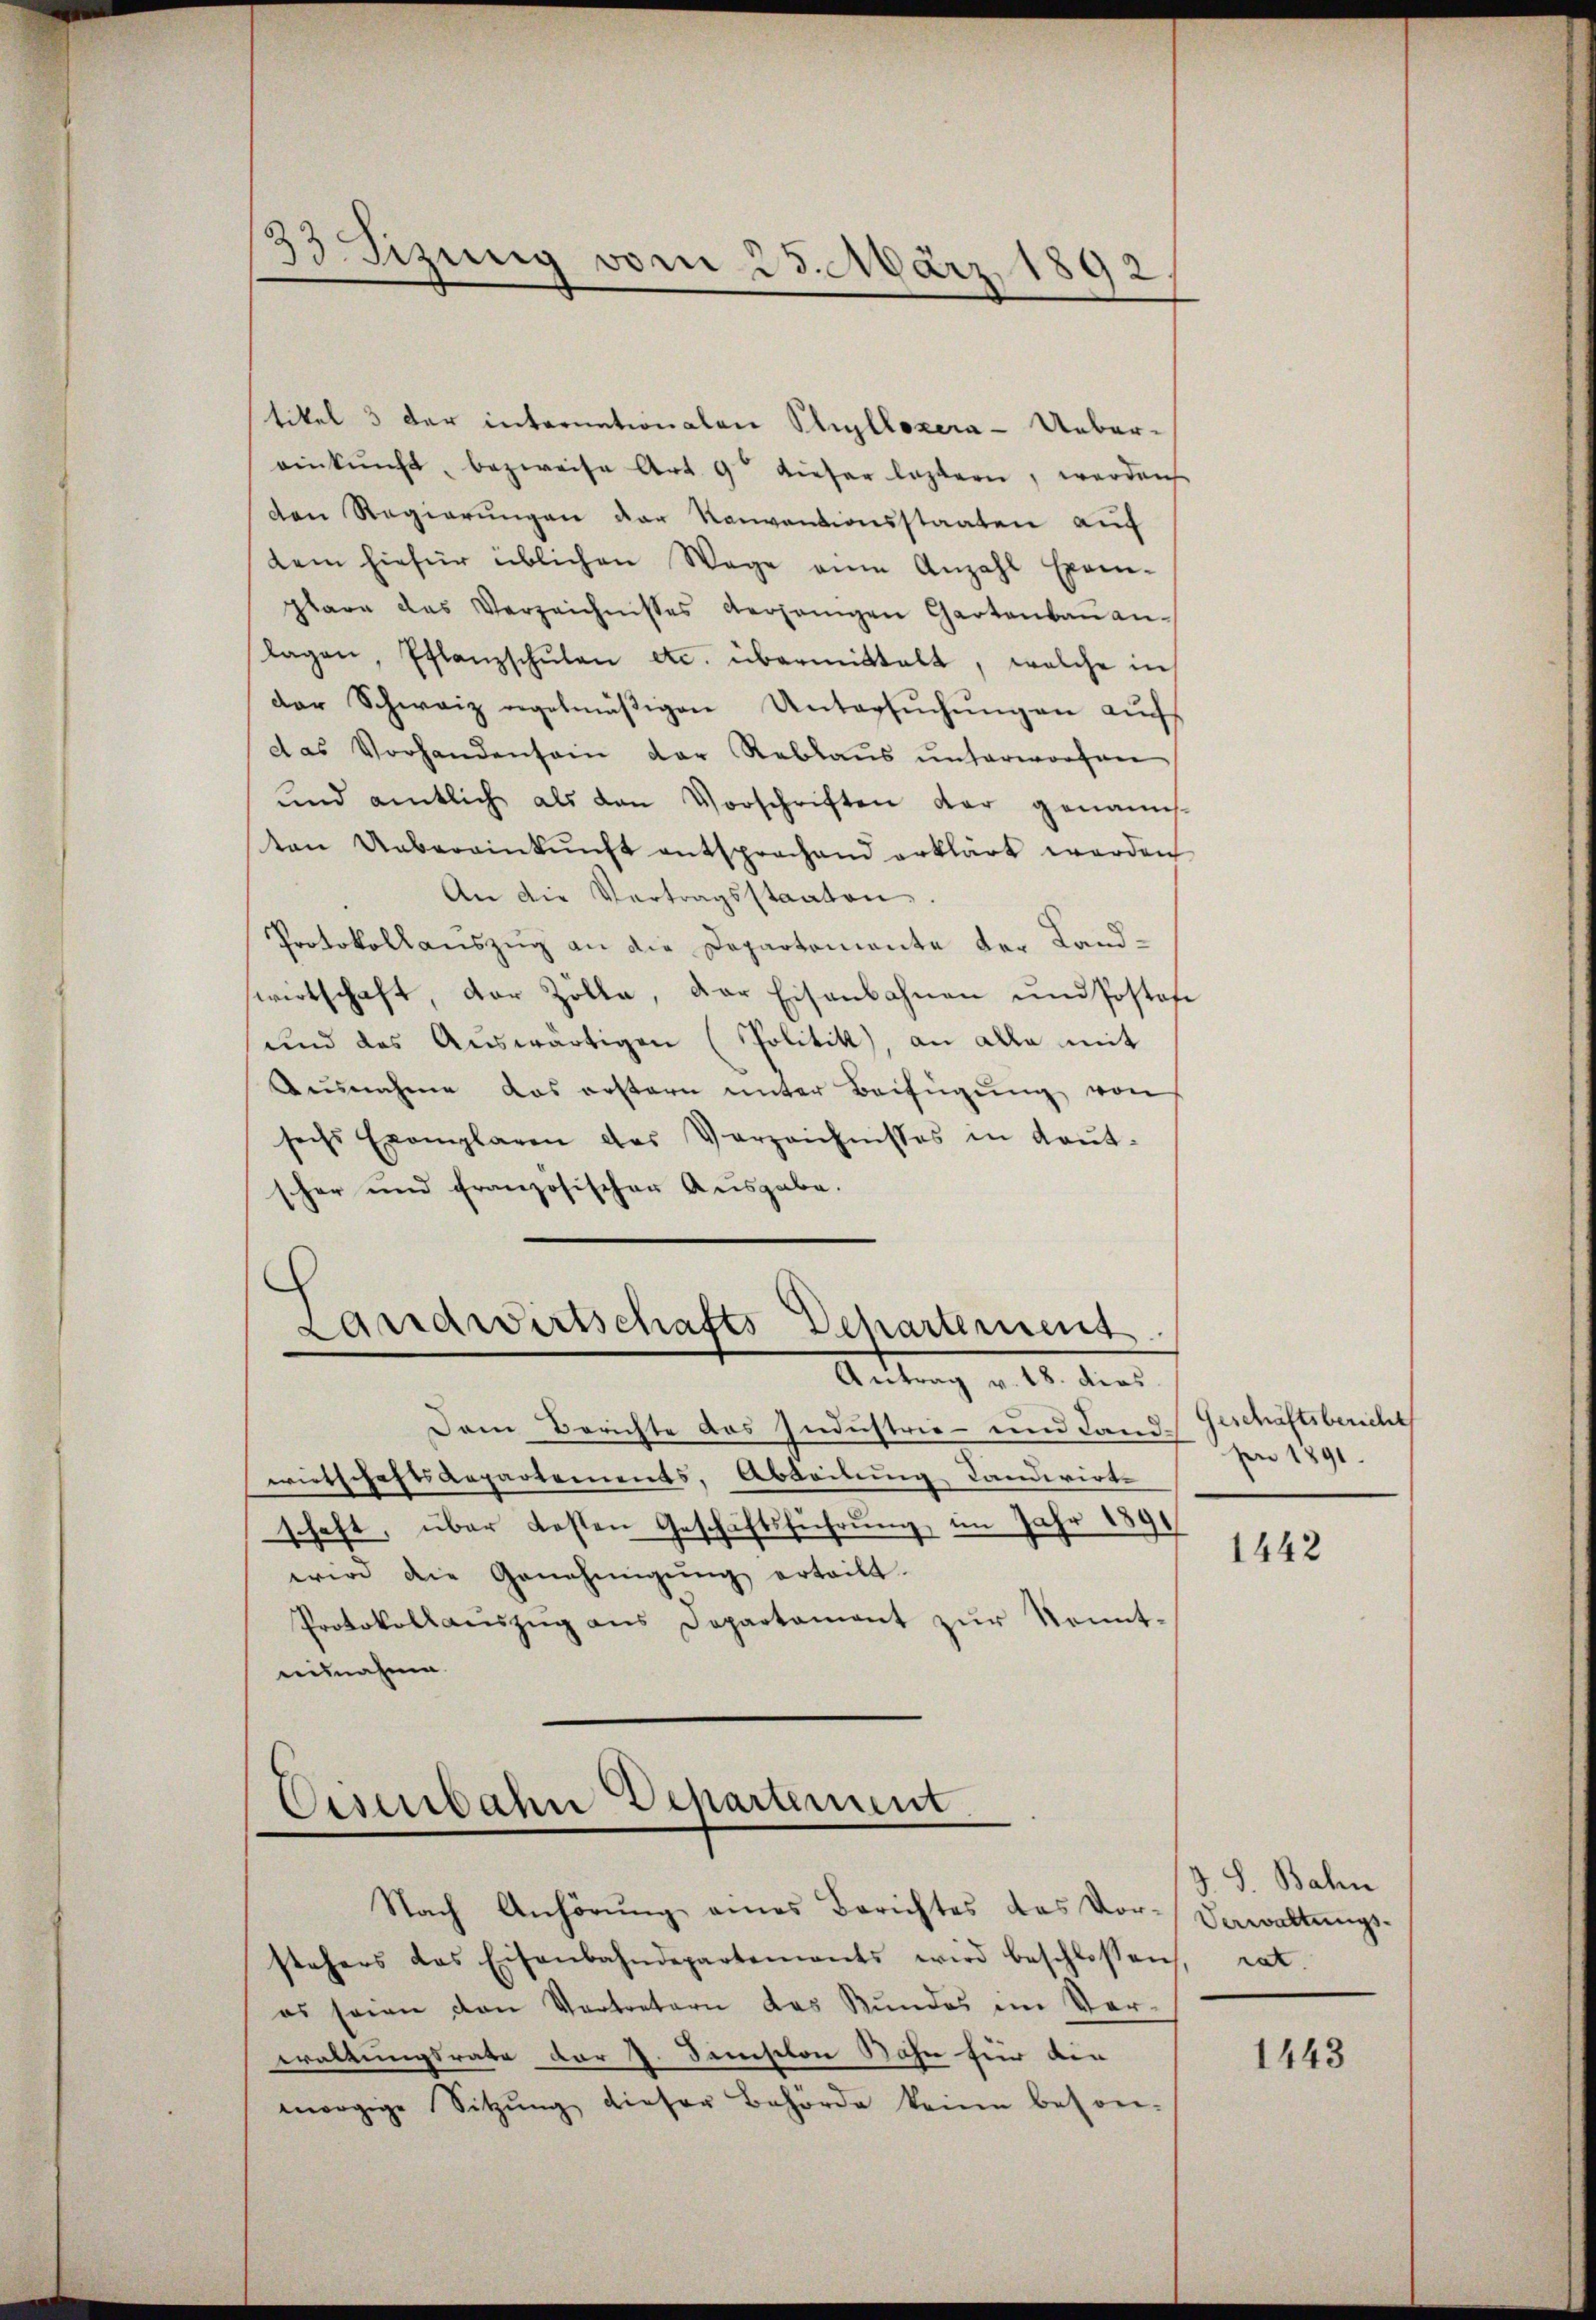
tikel 3 der internationalen Pliyllozera-Uebereinkunft, bezweife Art. 9 dieser leztern, werden
den Regierungen der Konventionsstaaten auf
dem hiefür üblichen Wege eine Anzahl Exem-
plare das Verzeichnisses derjenigen Gartenbaŭ anlagen Pflanzschŭlen etc. übermittelt, welche in
der Schweiz regelmäßigen Untersuchungen auf
das Vorhandensein der Reblaŭs ŭnterworfen
und amtlich als den Vorschriften der genann-
ton Uebereinkŭnft entsprochend erklärt werden
An die Vertragsstaaten,
Protokollauszug an die Departemente der Landwirtschaft, der Zölle, der Eisenbahnen und Postafe
und das Auswärtigen (Politik, an alle mit
Ausnahme das erstern unter Beifügung von
sechs Exemplaren des Verzeichnisses in Kaŭt-
sher und französischer Ausgabe.
Landwirtschafts Departement

33 Fizung vom 25. März 1892
¬

Dem Berichte des Industrie- und Landwirtschaftsaepartements, Abteilung Candiirt
schaft, über Kosten Geschäftsführung, im Jahr 1891
wird die Genehmigŭng erteilt.
Protokollaŭszŭg ans Departament zŭr Kennt-
misnahme.

Antrag v. 18. dies

Eisenbahn Departement

Nach Anhörŭng eines Berichtes das Vor-
stehers das Eisenbahndepartements wird beschlossen, rat.
es seien den Vertretern das Bundes im Ver-
waltungsrate der 1. Junsiton Sohn für die
morgige Sitzung dieser Behörde keine beson-

Geschäftsbericht
pr 1891.

1442

J S. Bahn
Verwaltungs-

1443